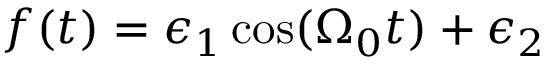
f ( t ) = \epsilon _ { 1 } \cos ( \Omega _ { 0 } t ) + \epsilon _ { 2 }